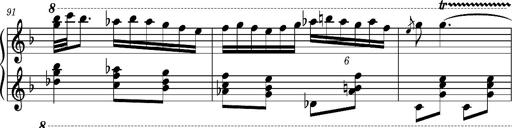
Title: Ungarischer Romanzero
Composer: Franz Liszt